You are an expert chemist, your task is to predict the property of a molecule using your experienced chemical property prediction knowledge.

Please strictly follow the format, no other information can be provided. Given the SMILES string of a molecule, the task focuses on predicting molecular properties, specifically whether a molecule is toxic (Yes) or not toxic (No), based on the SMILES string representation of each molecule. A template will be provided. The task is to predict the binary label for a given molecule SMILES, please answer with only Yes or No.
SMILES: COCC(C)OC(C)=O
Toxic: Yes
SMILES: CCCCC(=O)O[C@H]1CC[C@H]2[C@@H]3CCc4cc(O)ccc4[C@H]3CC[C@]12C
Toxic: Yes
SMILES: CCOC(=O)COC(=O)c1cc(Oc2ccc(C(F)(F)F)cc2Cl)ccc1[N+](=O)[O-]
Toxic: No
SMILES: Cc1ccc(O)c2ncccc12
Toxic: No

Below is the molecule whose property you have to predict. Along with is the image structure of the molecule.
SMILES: CC(=O)c1ccc2ccccc2c1
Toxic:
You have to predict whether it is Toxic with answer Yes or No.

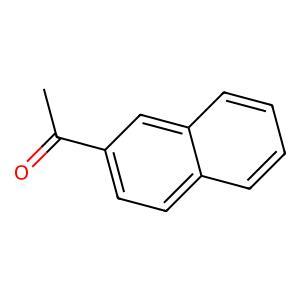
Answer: No